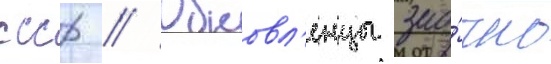
ссср // Обновл'енцы зао́чно